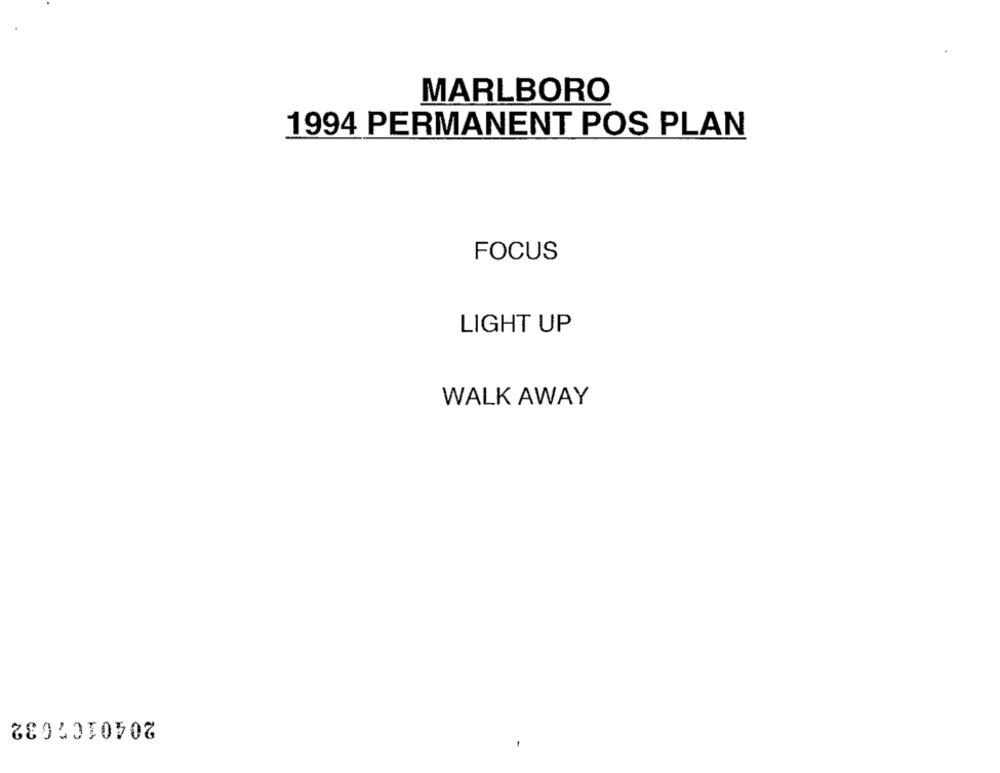
MARLBORO
1994 PERMANENT POS PLAN
FOCUS
LIGHT UP
WALK AWAY
2040102632